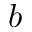
b